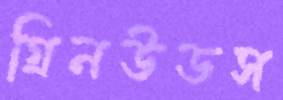
গ্রিনউডস